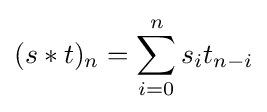
(s*t)_{n}=\sum _{i=0}^{n}s_{i}t_{n-i}